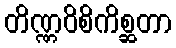
တိဏ္ဏဝိစိကိစ္ဆတာ